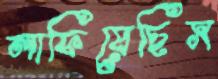
লাফিয়েছিস